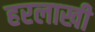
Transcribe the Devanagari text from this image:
हरलाखी